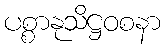
ပစ္စာနုသိဋ္ဌဝစနာ